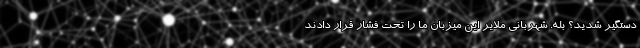
دستگیر شدید؟ بله. شهربانی ملایر این میزبان ما را تحت فشار قرار دادند